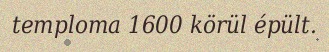
temploma 1600 körül épült.